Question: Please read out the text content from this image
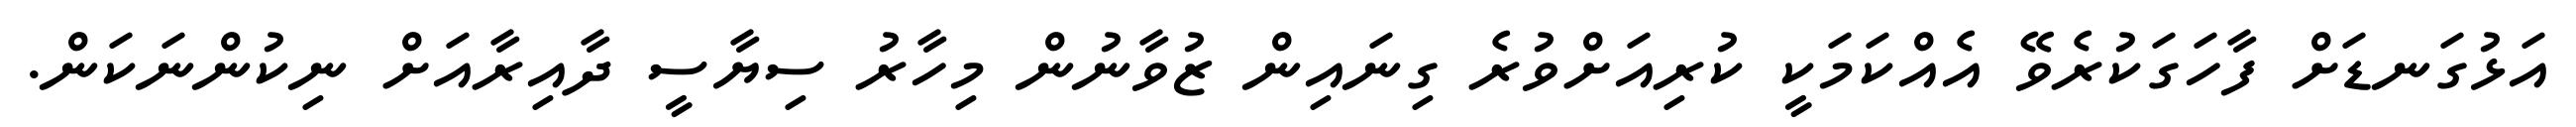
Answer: އަޅުގަނޑަށް ފާހަގަކުރެވޭ އެއްކަމަކީ ކުރިއަށްވުރެ ގިނައިން ޒުވާނުން މިހާރު ސިޔާސީ ދާއިރާއަށް ނިކުންނަކަން.